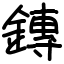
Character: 鏄